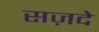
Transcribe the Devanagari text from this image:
सज़दे